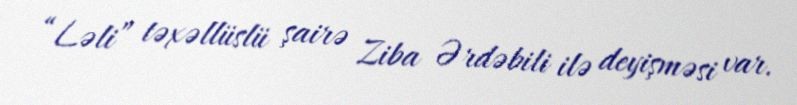
“Ləli” təxəllüslü şairə Ziba Ərdəbili ilə deyişməsi var.